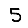
Digit: 5